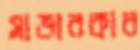
সাভারকার